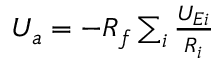
\begin{array} { r } { U _ { a } = - R _ { f } \sum _ { i } { \frac { U _ { E i } } { R _ { i } } } } \end{array}